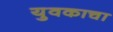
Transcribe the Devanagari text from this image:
युवकाचा